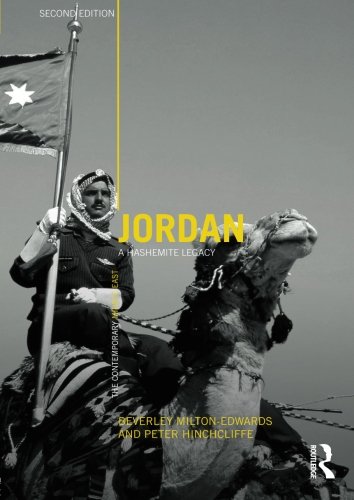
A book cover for Jordan: A Hashemite Legacy (The Contemporary Middle East); Beverley Milton-Edwards; History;